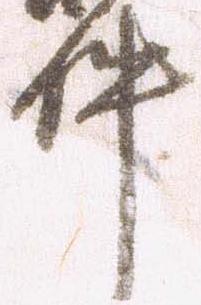
件